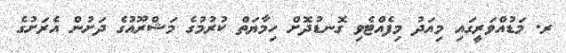
ރ. މަޑުއްވަރީގައި މިއަދު މިފެއްޓެވި ގޮނޑުދޮށް ހިމާޔަތް ކުރުމުގެ މަޝްރޫއުގެ ދަށުން އެރަށުގެ